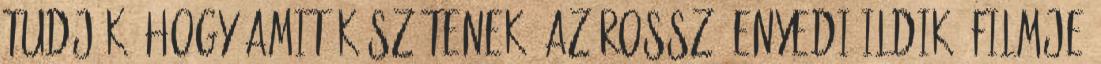
tudják, hogy amit készítenek, az rossz. Enyedi Ildikó filmje